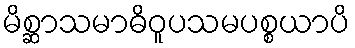
မိစ္ဆာသမာဓိဝူပသမပစ္စယာပိ